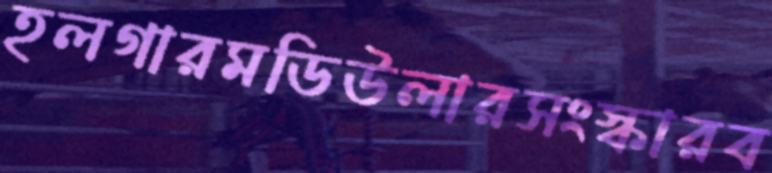
হলগারমডিউলারসংস্কারব